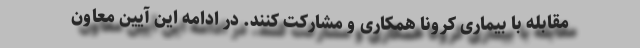
مقابله با بیماری کرونا همکاری و مشارکت کنند. در ادامه این آیین معاون